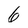
Character: 6